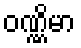
ဝဏ္ဏိမာ